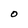
Character: O